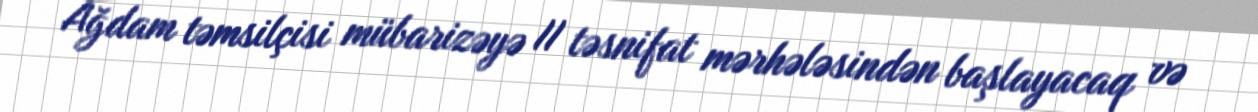
Ağdam təmsilçisi mübarizəyə II təsnifat mərhələsindən başlayacaq və